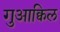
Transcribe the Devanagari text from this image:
गुआक्विल